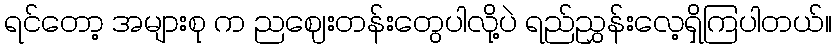
ရင်တော့ အများစု က ညဈေးတန်းတွေပါလို့ပဲ ရည်ညွှန်းလေ့ရှိကြပါတယ်။